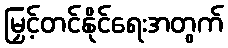
မြှင့်တင်နိုင်ရေးအတွက်